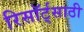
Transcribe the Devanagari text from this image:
रिसॉर्ट्‌साठी